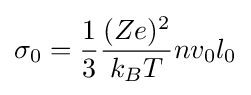
\sigma _{0}={\frac {1}{3}}{\frac {(Ze)^{2}}{k_{B}T}}nv_{0}l_{0}